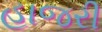
હાજરી